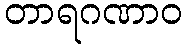
တာရဂဏာဝ